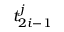
t _ { 2 i - 1 } ^ { j }